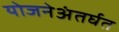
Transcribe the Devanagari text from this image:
योजनेअंतर्घत